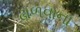
ઢાળવાના